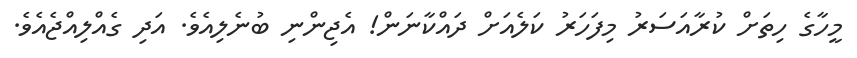
މީހާގެ ހިތަށް ކުރާއަސަރު މިފަހަރު ކަލެއަށް ދައްކާނަން! އެޖިންނި ބުނެލިއެވެ. އަދި ގެއްލިއްޖެއެވެ.